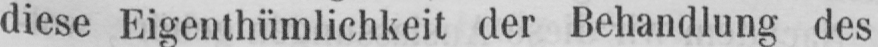
diese Eigenthümlichkeit der Behandlung des